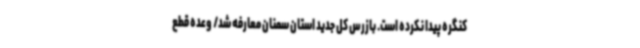
کنگره پیدا نکرده است. بازرس کل جدید استان سمنان معارفه شد/ وعده قطع